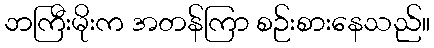
ဘကြီးမိုးက အတန်ကြာ စဉ်းစားနေသည်။